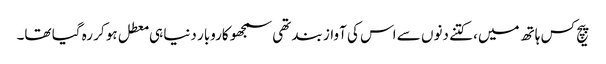
پیچ کس ہاتھ میں، کتنے دنوں سے اس کی آواز بند تھی سمجھو کاروبار دنیا ہی معطل ہو کر رہ گیا تھا۔